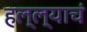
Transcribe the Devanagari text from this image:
हल्ल्याचं